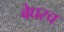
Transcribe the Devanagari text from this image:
बेघरच